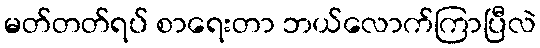
မတ်တတ်ရပ် စာရေးတာ ဘယ်လောက်ကြာပြီလဲ